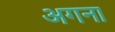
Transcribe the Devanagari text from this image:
अगना